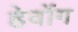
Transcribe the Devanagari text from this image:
हेवोंग